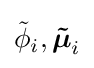
{\tilde {\phi }}_{i},{\boldsymbol {\tilde {\mu }}}_{i}